Vaccination Hyderabad 1872-1889 - 1872-1889
Year: 1872
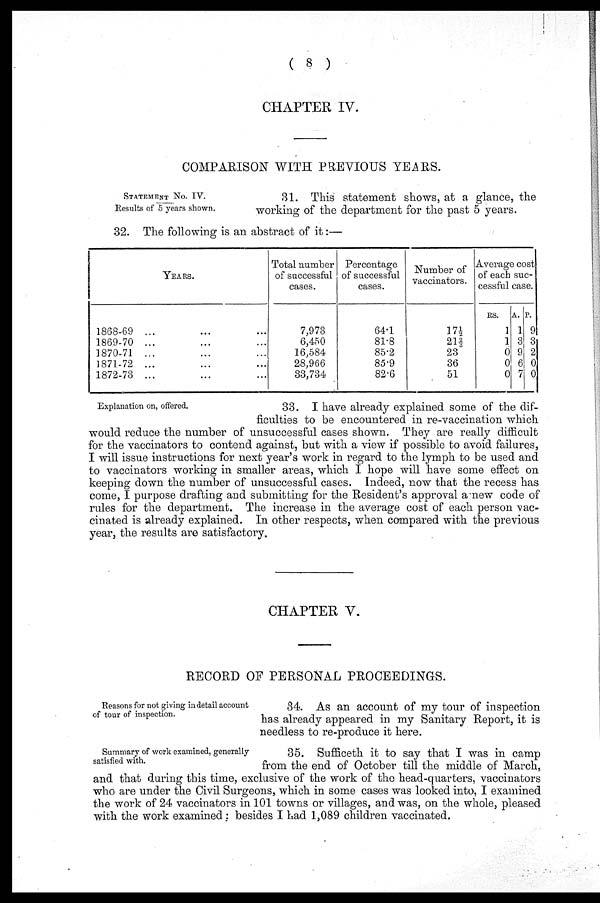
( 8 )
CHAPTER IV.
COMPARISON WITH PREVIOUS YEARS.
STATEMENT NO. IV.
Results of 5 years shown.
31. This statement shows, at a glance, the
working of the department for the past 5 years.
32. The following is an abstract of it:—
YEARS.
1868-69 ... ... ...
1869-70 ... ... ...
1870-71 ... ... ...
1871-72 ... ... ...
1872-73 ... ... ...
Total number
of successful
cases.
7,973
6,450
16,584
28,966
33,734
Percentage
of successful
cases.
64.1
81.8
85.2
85.9
82.6
Number of
vaccinators.
17½
21 2/3
23
36
51
Average cost
of each suc-
cessful case.
RS.
1
1
0
0
0
A.
1
3
9
6
7
P.
9
3
2
0
0
Explanation on, offered.
33. I have already explained some of the dif-
ficulties to be encountered in re-vaccination which
would reduce the number of unsuccessful cases shown. They are really difficult
for the vaccinators to contend against, but with a view if possible to avoid failures,
I will issue instructions for next year's work in regard to the lymph to be used and
to vaccinators working in smaller areas, which I hope will have some effect on
keeping down the number of unsuccessful cases. Indeed, now that the recess has
come, I purpose drafting and submitting for the Resident's approval a new code of
rules for the department. The increase in the average cost of each person vac-
cinated is already explained. In other respects, when compared with the previous
year, the results are satisfactory.
CHAPTER V.
RECORD OF PERSONAL PROCEEDINGS.
Reasons for not giving in detail account
of tour of inspection.
34. As an account of my tour of inspection
has already appeared in my Sanitary Report, it is
needless to re-produce it here.
Summary of work examined, generally
satisfied with.
35. Sufficeth it to say that I was in camp
from the end of October till the middle of March,
and that during this time, exclusive of the work of the head-quarters, vaccinators
who are under the Civil Surgeons, which in some cases was looked into, I examined
the work of 24 vaccinators in 101 towns or villages, and was, on the whole, pleased
with the work examined; besides I had 1,089 children vaccinated.